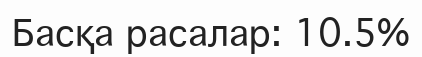
Басқа расалар: 10.5%